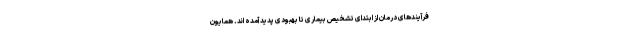
فرآیندهای درمان از ابتدای تشخیص بیماری تا بهبودی پدید آمده اند. همایون